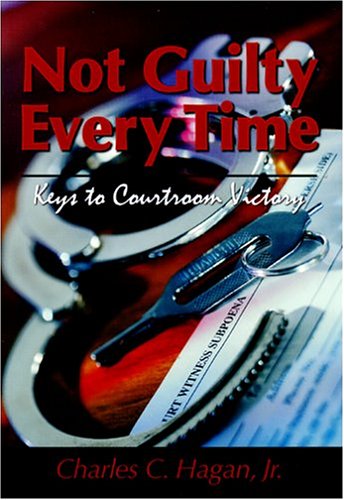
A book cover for Not Guilty Every Time; Charles C. Hagan Jr.; Law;